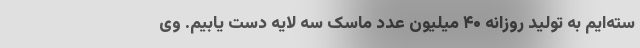
سته‌ایم به تولید روزانه ۴۰ میلیون عدد ماسک سه لایه دست یابیم. وی